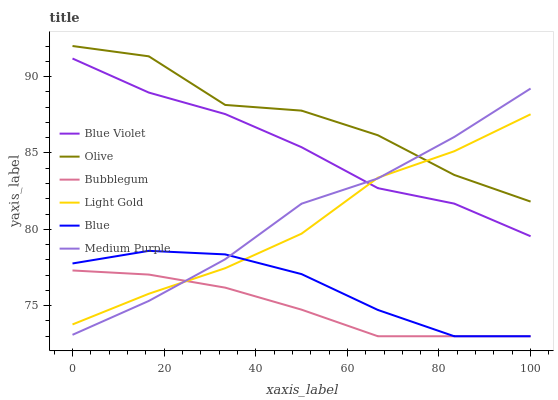
| xaxis_label | Blue Violet | Olive | Bubblegum | Light Gold | Blue | Medium Purple |
 | --- | --- | --- | --- | --- | --- | --- |
 | 0 | 91.2 | 92 | 77.3 | 73.8 | 77.8 | 73.1 |
 | 16.7 | 89 | 91.3 | 77 | 75.8 | 78.6 | 75.3 |
 | 33.3 | 87.5 | 88.1 | 76.2 | 77.5 | 78.4 | 78 |
 | 50 | 85.4 | 87.8 | 74.7 | 79.7 | 77.1 | 81.7 |
 | 66.7 | 82.7 | 86.2 | 73 | 83.4 | 74.7 | 83.3 |
 | 83.3 | 81.7 | 83.6 | 73 | 85.1 | 73 | 86 |
 | 100 | 79.5 | 81.8 | 73 | 87.5 | 73 | 89.2 |